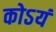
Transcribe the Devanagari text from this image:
कोऽयं